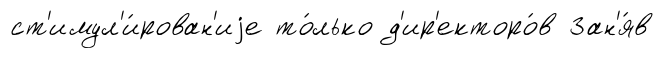
ст'имул'и́рован'иjе то́лько д'ир'екторо́в Зан'я́в